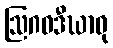
ဩဂဓဒီဃာဝု